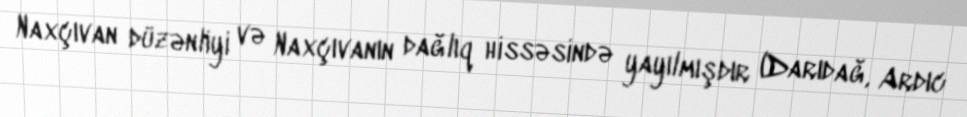
Naxçıvan düzənliyi və Naxçıvanın dağlıq hissəsində yayılmışdır (Darıdağ, Ardıc